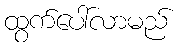
ထွက်ပေါ်လာမည်